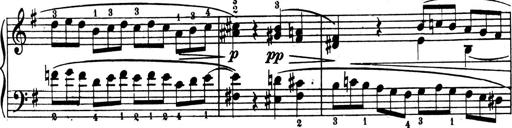
Title: 4 Sonatines
Composer: Max Reger